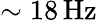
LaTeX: \sim 18\, \mathrm{Hz}